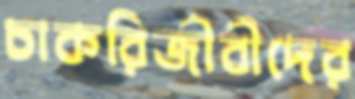
চাকরিজীবীদের